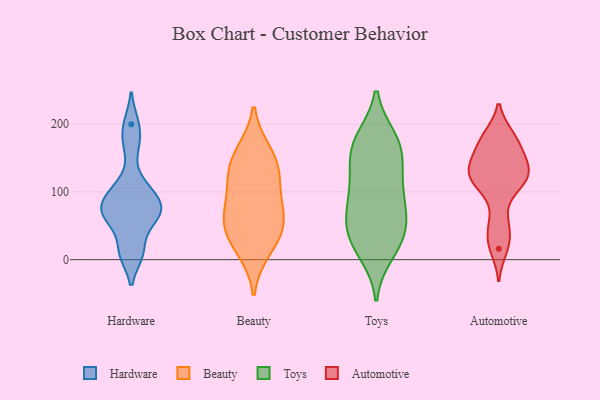
{"axis": {"x": "Inventory Turnover", "y": "Value"}, "legend": ["Automotive", "Beauty", "Hardware", "Toys"], "data": [{"x": "", "y": 11, "type": "Hardware"}, {"x": "", "y": 98, "type": "Hardware"}, {"x": "", "y": 72, "type": "Hardware"}, {"x": "", "y": 84, "type": "Hardware"}, {"x": "", "y": 57, "type": "Hardware"}, {"x": "", "y": 64, "type": "Hardware"}, {"x": "", "y": 170, "type": "Hardware"}, {"x": "", "y": 110, "type": "Hardware"}, {"x": "", "y": 74, "type": "Hardware"}, {"x": "", "y": 10, "type": "Hardware"}, {"x": "", "y": 200, "type": "Hardware"}, {"x": "", "y": 121, "type": "Beauty"}, {"x": "", "y": 88, "type": "Beauty"}, {"x": "", "y": 149, "type": "Beauty"}, {"x": "", "y": 15, "type": "Beauty"}, {"x": "", "y": 53, "type": "Beauty"}, {"x": "", "y": 158, "type": "Beauty"}, {"x": "", "y": 126, "type": "Beauty"}, {"x": "", "y": 54, "type": "Beauty"}, {"x": "", "y": 31, "type": "Beauty"}, {"x": "", "y": 68, "type": "Beauty"}, {"x": "", "y": 30, "type": "Toys"}, {"x": "", "y": 23, "type": "Toys"}, {"x": "", "y": 80, "type": "Toys"}, {"x": "", "y": 100, "type": "Toys"}, {"x": "", "y": 167, "type": "Toys"}, {"x": "", "y": 172, "type": "Toys"}, {"x": "", "y": 63, "type": "Toys"}, {"x": "", "y": 177, "type": "Toys"}, {"x": "", "y": 40, "type": "Toys"}, {"x": "", "y": 133, "type": "Toys"}, {"x": "", "y": 11, "type": "Toys"}, {"x": "", "y": 44, "type": "Toys"}, {"x": "", "y": 76, "type": "Toys"}, {"x": "", "y": 108, "type": "Toys"}, {"x": "", "y": 172, "type": "Toys"}, {"x": "", "y": 142, "type": "Toys"}, {"x": "", "y": 26, "type": "Automotive"}, {"x": "", "y": 182, "type": "Automotive"}, {"x": "", "y": 114, "type": "Automotive"}, {"x": "", "y": 16, "type": "Automotive"}, {"x": "", "y": 178, "type": "Automotive"}, {"x": "", "y": 142, "type": "Automotive"}, {"x": "", "y": 181, "type": "Automotive"}, {"x": "", "y": 62, "type": "Automotive"}, {"x": "", "y": 144, "type": "Automotive"}, {"x": "", "y": 164, "type": "Automotive"}, {"x": "", "y": 109, "type": "Automotive"}, {"x": "", "y": 116, "type": "Automotive"}, {"x": "", "y": 128, "type": "Automotive"}, {"x": "", "y": 44, "type": "Automotive"}, {"x": "", "y": 146, "type": "Automotive"}, {"x": "", "y": 121, "type": "Automotive"}, {"x": "", "y": 124, "type": "Automotive"}]}